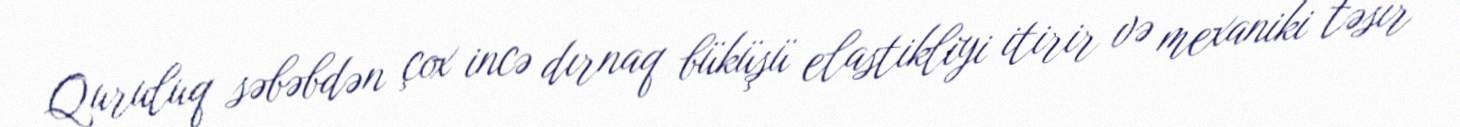
Quruluq səbəbdən çox incə dırnaq büküşü elastikliyi itirir və mexaniki təsir